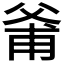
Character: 𱭊